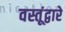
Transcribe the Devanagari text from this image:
वस्तूंद्वारे